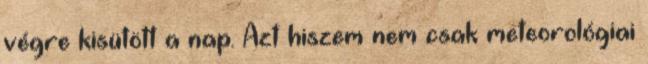
végre kisütött a nap. Azt hiszem nem csak meteorológiai